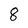
Character: 8